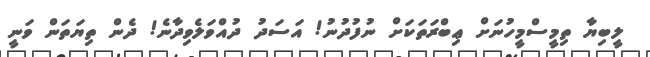
ލީބިޔާ ތިމީސްމީހުނަށް ޢިބްރަތަކަށް ނުފުދުނު! އަސަދު ދުއްވަލެވިދާނެ! ދެން ތިޔަތަން ވަނީ